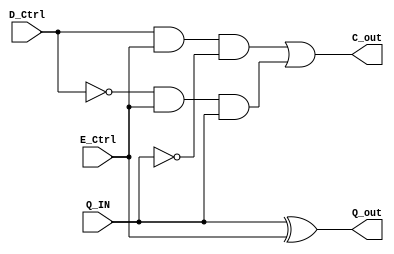
module HAS(C_out, Q_out, D_Ctrl, E_Ctrl, Q_IN);	// Q_IN is D_HAS
	input D_Ctrl, E_Ctrl, Q_IN;
	output C_out, Q_out;
	wire t1,t2,t3,t4;
	
	and(t1, D_Ctrl, E_Ctrl, ~Q_IN),
		(t2,~D_Ctrl, E_Ctrl, Q_IN);
	or(t3, t1,t2);
	xor(t4, Q_IN, E_Ctrl);
	
	assign C_out = t3;
	assign Q_out = t4;
endmodule